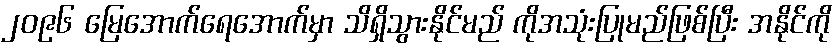
၂၀၉၆ မြေအောက်ရေအောက်မှာ သိရှိသွားနိုင်မည် ကိုအသုံးပြုမည်ဖြစ်ပြီး အနိုင်ကို